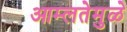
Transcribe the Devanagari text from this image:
आम्लतेमुळे